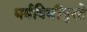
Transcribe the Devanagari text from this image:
धर्मविधींपुरते